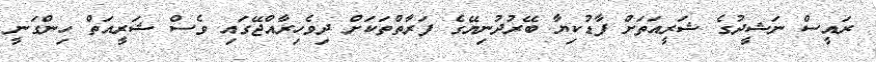
ރައީސް ނަޝީދުގެ ޝަރީއަތަށް ފާޑުކިޔާ ބޭރުދުނިޔޭގެ ފަރާތްތަކަށް ދިވެހިރާއްޖޭގައި ވެސް ޝަރީއަތް ހިންގަނީ